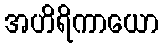
အဟိရိကာယော